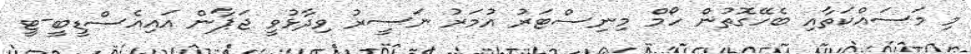
މި މަސައްކަތާއި ބެހޭގޮތުން ހޯމް މިނިސްޓަރު އުމަރު ނަސީރު ވިދާޅުވީ ޖަޕާން އައިއެސްޑީބީ-ޓީ